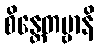
စိန္တေတဗ္ဗာနိ